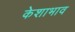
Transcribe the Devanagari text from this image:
केशाभाव